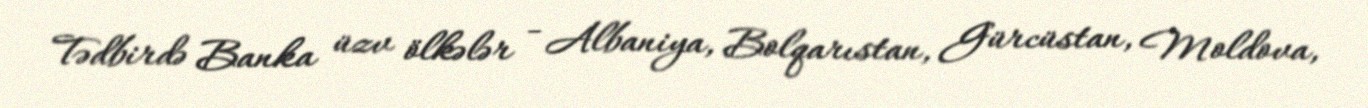
Tədbirdə Banka üzv ölkələr - Albaniya, Bolqarıstan, Gürcüstan, Moldova,